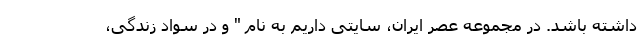
داشته باشد. در مجموعه عصر ایران، سایتی داریم به نام " و در سواد زندگی،